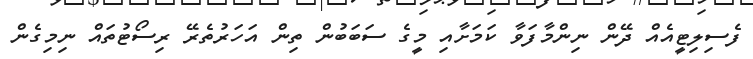
ފެސިލިޓީއެއް ދޭން ނިންމާފަވާ ކަމަށާއި މީގެ ސަބަބުން ތިން އަހަރުތެރޭ ރިސޯޓުތައް ނިމިގެން